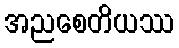
အညစေတိယဿ